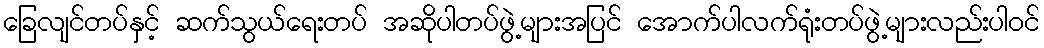
ခြေလျင်တပ်နှင့် ဆက်သွယ်ရေးတပ် အဆိုပါတပ်ဖွဲ့များအပြင် အောက်ပါလက်ရုံးတပ်ဖွဲ့များလည်းပါဝင်